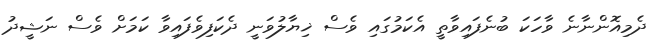
ދެމިއޮންނާނެ ވާހަކަ ބުނެފައިވާތީ އެކަމުގައި ވެސް ޚިޔާލުވަނީ ދެކަފިވެފައިވާ ކަމަށް ވެސް ނަޝީދު